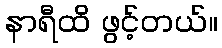
နာရီထိ ဖွင့်တယ်။